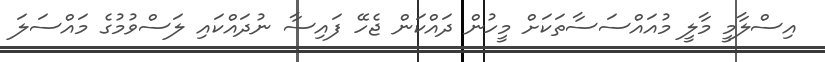
އިސްލާމީ މާލީ މުއައްސަސާތަކަށް މީހުން ދައްކަން ޖެހޭ ފައިސާ ނުދައްކައި ލަސްވުމުގެ މައްސަލަ